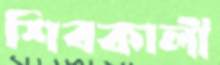
শিবকালী